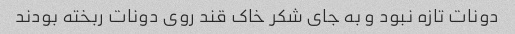
دونات تازه نبود و به جای شکر خاک قند روی دونات ربخته بودند